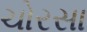
ચોરસા